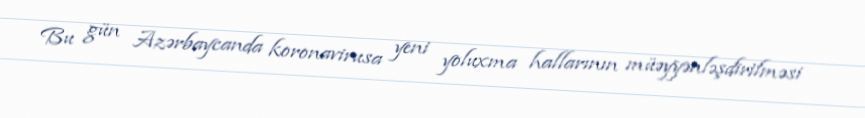
Bu gün Azərbaycanda koronavirusa yeni yoluxma hallarının müəyyənləşdirilməsi